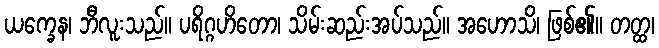
ယက္ခေန၊ ဘီလူးသည်။ ပရိဂ္ဂဟိတော၊ သိမ်းဆည်းအပ်သည်။ အဟောသိ၊ ဖြစ်၏။ တတ္ထ၊